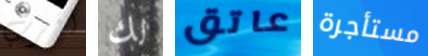
اقرب لك عاتق مستأجرة